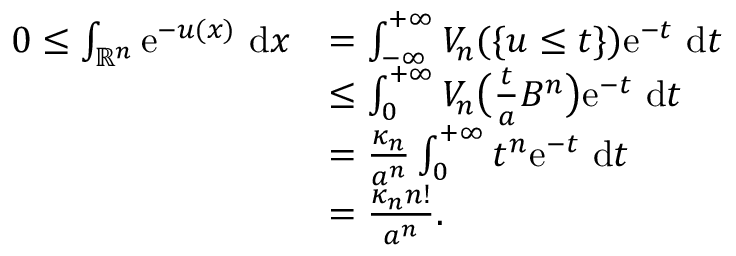
\begin{array} { r l } { 0 \leq \int _ { { \mathbb R } ^ { n } } \mathrm { e } ^ { - u ( x ) } \, \, \mathrm { d } x } & { = \int _ { - \infty } ^ { + \infty } V _ { n } ( \{ u \leq t \} ) \mathrm { e } ^ { - t } \, \, \mathrm { d } t } \\ & { \leq \int _ { 0 } ^ { + \infty } V _ { n } \big ( \frac { t } { a } B ^ { n } \big ) \mathrm { e } ^ { - t } \, \, \mathrm { d } t } \\ & { = \frac { \kappa _ { n } } { a ^ { n } } \int _ { 0 } ^ { + \infty } t ^ { n } \mathrm { e } ^ { - t } \, \, \mathrm { d } t } \\ & { = \frac { \kappa _ { n } n ! } { a ^ { n } } . } \end{array}